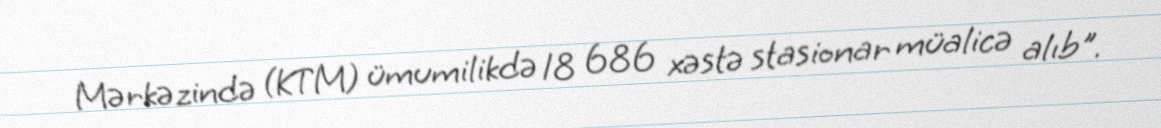
Mərkəzində (KTM) ümumilikdə 18 686 xəstə stasionar müalicə alıb".